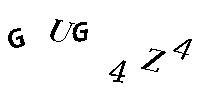
GUG4Z4